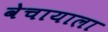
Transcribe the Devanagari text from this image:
वेचायाला